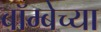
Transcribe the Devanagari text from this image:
बॉम्बेच्या